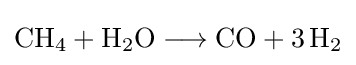
{\mathrm {CH} {\vphantom {A}}_{\smash[{t}]{4}}{}+{}\mathrm {H} {\vphantom {A}}_{\smash[{t}]{2}}\mathrm {O} {}\mathrel {\longrightarrow } {}\mathrm {CO} {}+{}3\,\mathrm {H} {\vphantom {A}}_{\smash[{t}]{2}}}